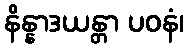
နိန္နာဒယန္တာ ပဝနံ၊